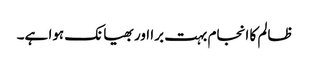
ظالم کا انجام بہت برا اور بھیانک ہوا ہے۔